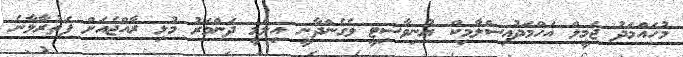
މުހައްމަދު ޖަމީލް އަހްމަދުއިސްލާމިކް ޔުނިވާސިޓީ ވެގެންދާނީ އިލްމީ ދަންމަރު މުޅި ރާއްޖެއަށް ފަތުރާލާނެ